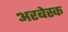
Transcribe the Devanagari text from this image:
अरबेस्क